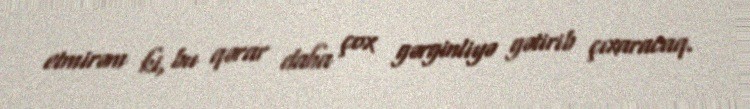
etmirəm ki, bu qərar daha çox gərginliyə gətirib çıxaracaq.